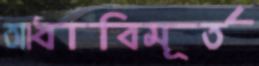
আধাবিমূর্ত